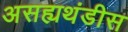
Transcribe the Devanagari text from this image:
असह्यथंडीस